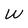
Character: W